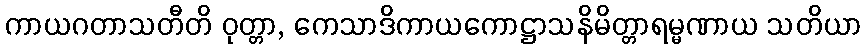
ကာယဂတာသတီတိ ဝုတ္တာ, ကေသာဒိကာယကောဋ္ဌာသနိမိတ္တာရမ္မဏာယ သတိယာ